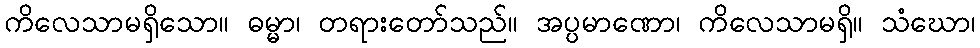
ကိလေသာမရှိသော။ ဓမ္မာ၊ တရားတော်သည်။ အပ္ပမာဏော၊ ကိလေသာမရှိ။ သံဃော၊